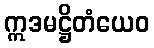
ဣဒမဋ္ဌိတံယေဝ